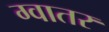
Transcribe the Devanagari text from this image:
ग्वातर